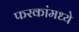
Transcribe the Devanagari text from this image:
फरकांमध्ये